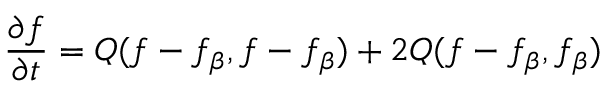
\frac { \partial f } { \partial t } = Q ( f - f _ { \boldsymbol { \beta } } , f - f _ { \boldsymbol { \beta } } ) + 2 Q ( f - f _ { \boldsymbol { \beta } } , f _ { \boldsymbol { \beta } } )